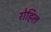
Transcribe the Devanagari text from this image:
रोहिल